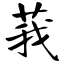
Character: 莪